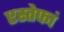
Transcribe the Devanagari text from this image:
एस्तेफां